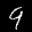
Label: 9